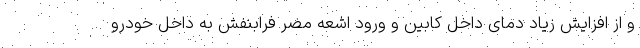
و از افزایش زیاد دمای داخل کابین و ورود اشعه مضر فرابنفش به داخل خودرو